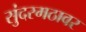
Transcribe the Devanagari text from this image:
सुंदरमठावर